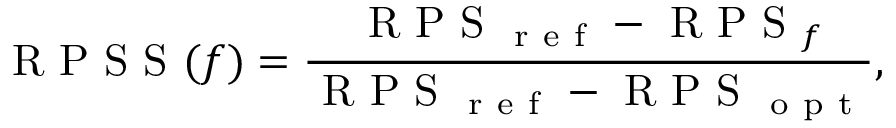
\mathrm { ~ R ~ P ~ S ~ S ~ } ( f ) = \frac { \mathrm { ~ R ~ P ~ S ~ } _ { \mathrm { ~ r ~ e ~ f ~ } } - \mathrm { ~ R ~ P ~ S ~ } _ { f } } { \mathrm { ~ R ~ P ~ S ~ } _ { \mathrm { ~ r ~ e ~ f ~ } } - \mathrm { ~ R ~ P ~ S ~ } _ { \mathrm { ~ o ~ p ~ t ~ } } } ,